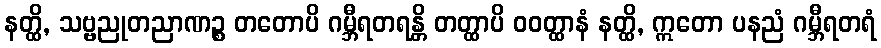
နတ္ထိ, သဗ္ဗညုတညာဏဉ္စ တတောပိ ဂမ္ဘီရတရန္တိ တတ္ထာပိ ဝဝတ္ထာနံ နတ္ထိ, ဣတော ပနညံ ဂမ္ဘီရတရံ